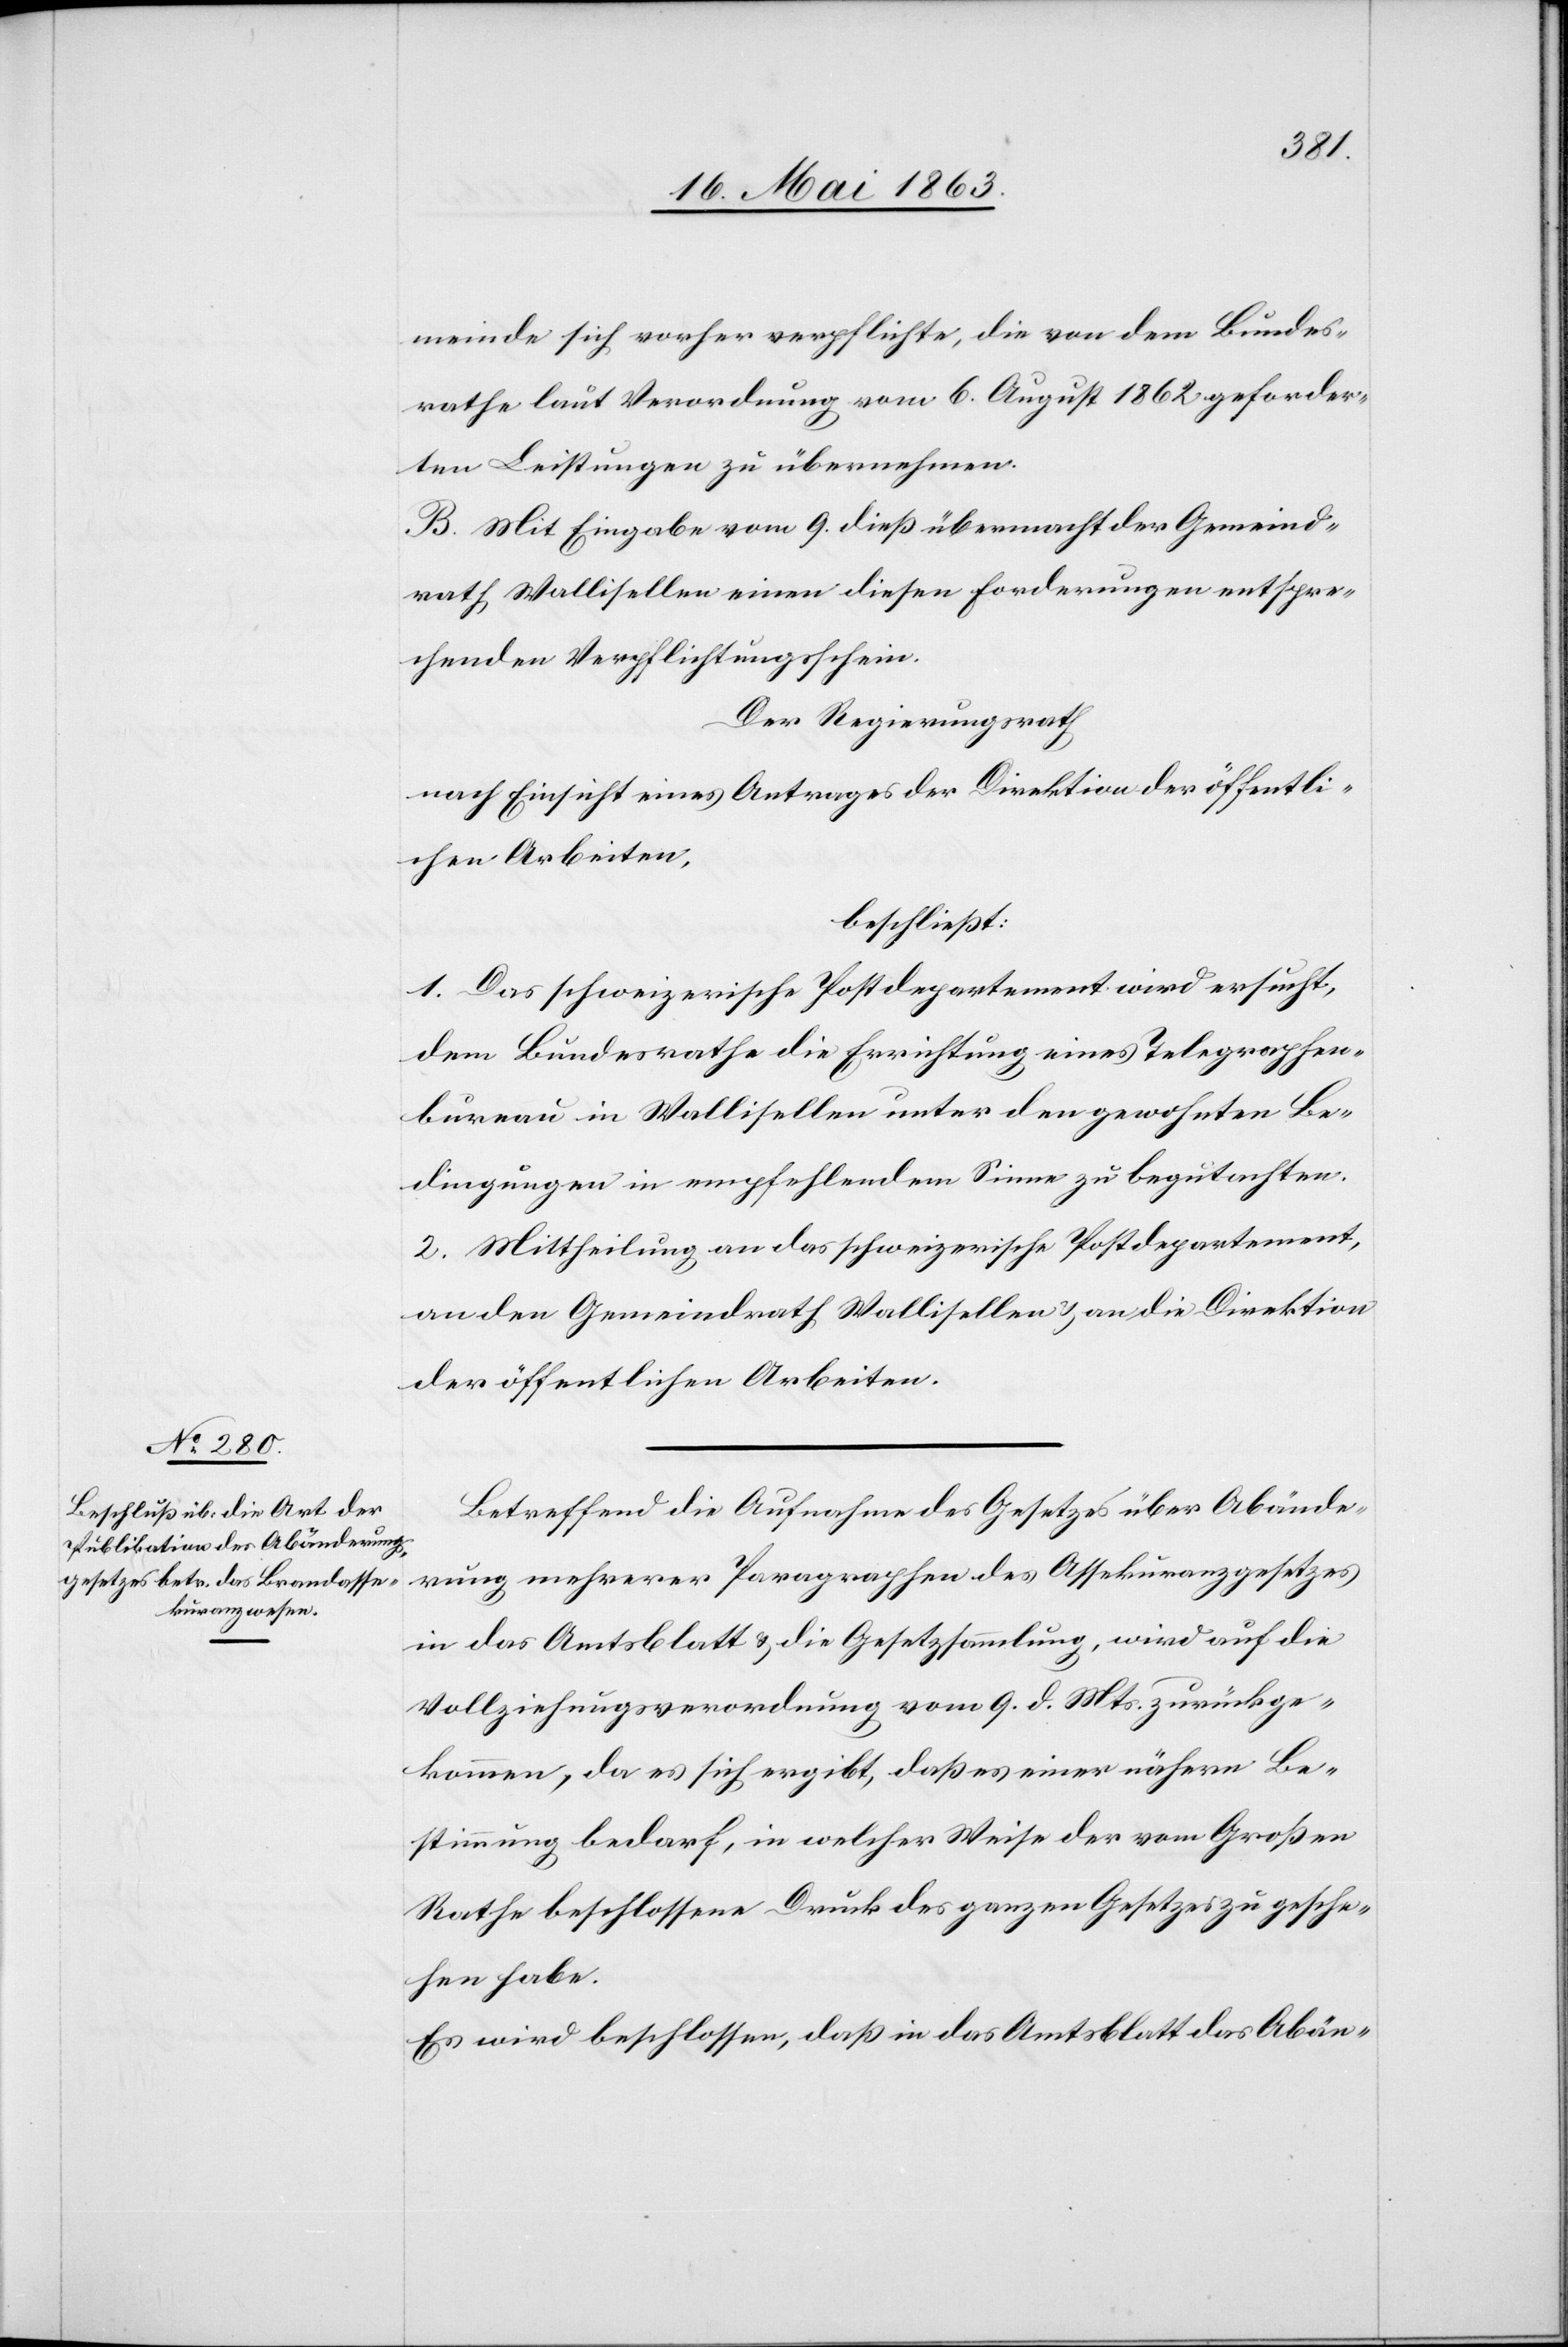
meinde sich vorher verpflichte, die von dem Bundes¬
rathe laut Verordnung vom 6. August 1862 geforder¬
ten Leistungen zu übernehmen.
B. Mit Eingabe vom 9. dieß übermacht der Gemeind¬
rath Wallisellen einen diesen Forderungen entspre¬
chenden Verpflichtungsschein.
Der Regierungsrath
nach Einsicht eines Antrages der Direktion der öffentli¬
chen Arbeiten,
beschließt:
1. Das schweizerische Postdepartement wird ersucht,
dem Bundesrathe die Errichtung eines Telegraphen¬
bureau in Wallisellen unter den gewohnten Be¬
dingungen in empfehlendem Sinne zu begutachten.
2. Mittheilung an das schweizerische Postdepartement,
an den Gemeindrath Wallisellen & an die Direktion
der öffentlichen Arbeiten.
Betreffend die Aufnahme des Gesetzes über Abände¬
rung mehrerer Paragraphen des Assekuranzgesetzes
in das Amtsblatt & die Gesetzsammlung, wird auf die
Vollziehungsverordnung vom 9. d. Mts. zurückge¬
kommen, da es sich ergibt, daß es einer nähern Be¬
stimmung bedarf, in welcher Weise der vom Großen
Rathe beschlossene Druck des ganzen Gesetzes zu gesche¬
hen habe.
Es wird beschlossen, daß in das Amtsblatt das Abän-